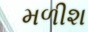
મળીશ